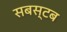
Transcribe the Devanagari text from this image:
सबस्टब